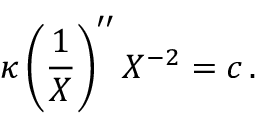
\kappa \left( \frac { 1 } { X } \right) ^ { \prime \prime } X ^ { - 2 } = c \, .